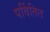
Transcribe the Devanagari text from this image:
पर्वितित